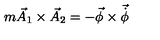
m \vec { A } _ { 1 } \times \vec { A } _ { 2 } = - \vec { \phi } \times \vec { \dot { \phi } }